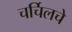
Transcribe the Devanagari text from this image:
चर्चिलचे